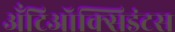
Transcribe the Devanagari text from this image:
अँटिऑक्सिडंटस